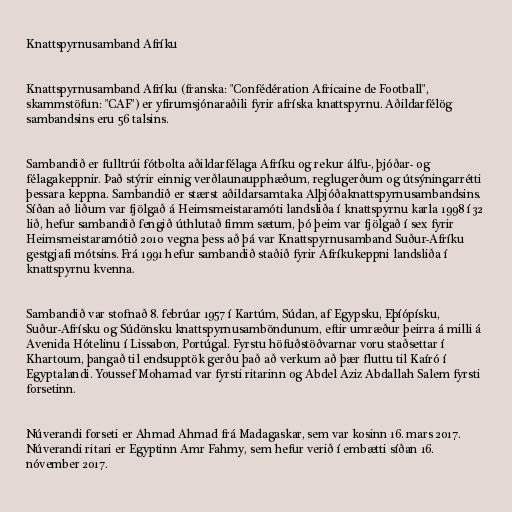
Knattspyrnusamband Afríku

Knattspyrnusamband Afríku (franska: "Confédération Africaine de Football",
skammstöfun: "CAF") er yfirumsjónaraðili fyrir afríska knattspyrnu. Aðildarfélög
sambandsins eru 56 talsins.

Sambandið er fulltrúi fótbolta aðildarfélaga Afríku og rekur álfu-, þjóðar- og
félagakeppnir. Það stýrir einnig verðlaunaupphæðum, reglugerðum og útsýningarrétti
þessara keppna. Sambandið er stærst aðildarsamtaka Alþjóðaknattspyrnusambandsins.
Síðan að liðum var fjölgað á Heimsmeistaramóti landsliða í knattspyrnu karla 1998 í 32
lið, hefur sambandið fengið úthlutað fimm sætum, þó þeim var fjölgað í sex fyrir
Heimsmeistaramótið 2010 vegna þess að þá var Knattspyrnusamband Suður-Afríku
gestgjafi mótsins. Frá 1991 hefur sambandið staðið fyrir Afríkukeppni landsliða í
knattspyrnu kvenna.

Sambandið var stofnað 8. febrúar 1957 í Kartúm, Súdan, af Egypsku, Eþíópísku,
Suður-Afrísku og Súdönsku knattspyrnusamböndunum, eftir umræður þeirra á milli á
Avenida Hótelinu í Lissabon, Portúgal. Fyrstu höfuðstöðvarnar voru staðsettar í
Khartoum, þangað til endsupptök gerðu það að verkum að þær fluttu til Kaíró í
Egyptalandi. Youssef Mohamad var fyrsti ritarinn og Abdel Aziz Abdallah Salem fyrsti
forsetinn.

Núverandi forseti er Ahmad Ahmad frá Madagaskar, sem var kosinn 16. mars 2017.
Núverandi ritari er Egyptinn Amr Fahmy, sem hefur verið í embætti síðan 16.
nóvember 2017.